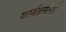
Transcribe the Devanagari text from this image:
कार्यक्रमांमधे